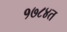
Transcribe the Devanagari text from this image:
१७८४त